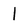
Character: 1